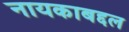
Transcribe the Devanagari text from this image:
नायकाबद्दल